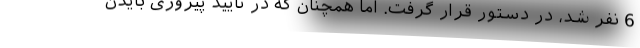
6 نفر شد، در دستور قرار گرفت. اما همچنان که در تایید پیروزی بایدن